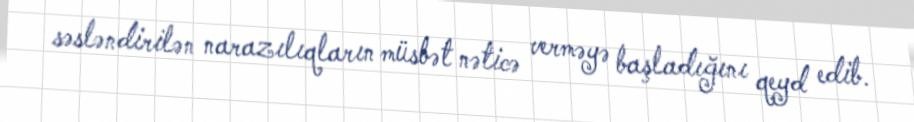
səsləndirilən narazılıqların müsbət nəticə verməyə başladığını qeyd edib.